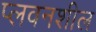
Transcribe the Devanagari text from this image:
प्लवनशील